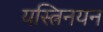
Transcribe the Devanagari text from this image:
यस्त्रिनयन